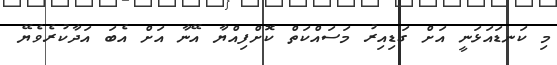
މި ކަނޑައަޅަނީ އަށް ގަޑިއިރު މަސައްކަތް ކޮށްފިއްޔާ އޭނާ އަށް އެބަ އަދާކުރެވެޔޭ